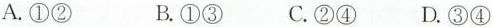
A.①② B.①③ C.②④ D.③④